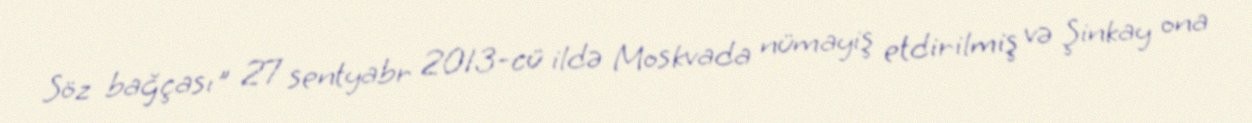
Söz bağçası" 27 sentyabr 2013-cü ildə Moskvada nümayiş etdirilmiş və Şinkay ona